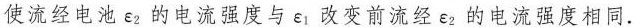
使流经电池ε的电流强度与ε：改变前流经ε2的电流强度相同。